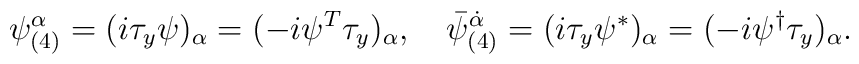
\psi_{(4)}^{\alpha}=(i\tau_y\psi)_{\alpha}=(-i\psi^T\tau_y)_{\alpha},\quad{\bar\psi}_{(4)}^{\dot\alpha}=(i\tau_y\psi^*)_{\alpha}=(-i\psi^{\dagger}\tau_y)_{\alpha}.